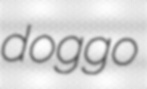
doggo